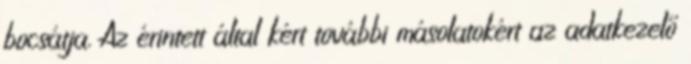
bocsátja. Az érintett által kért további másolatokért az adatkezelő